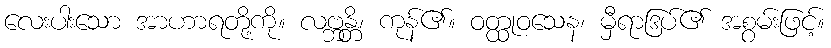
လေးပါးသော အာဟာရတို့ကို။ လဗ္ဘန္တိ၊ ကုန်၏။ ဝတ္ထုဝသေန၊ မှီရာဒြပ်၏ အစွမ်းဖြင့်။